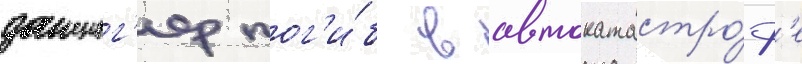
данциг'ер пог'и́б в автокатастро́ф'е